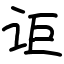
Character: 讵